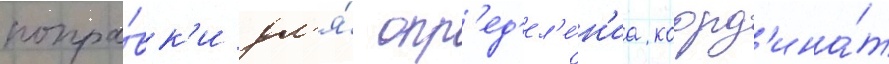
попра́вк'и дл'я́ опр'ед'ел'е́н'иа коорд'ина́т